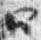
四